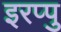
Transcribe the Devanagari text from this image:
इरप्पु